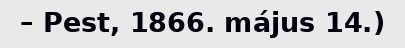
– Pest, 1866. május 14.)